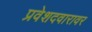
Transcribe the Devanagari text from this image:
प्रवेशदवारावर